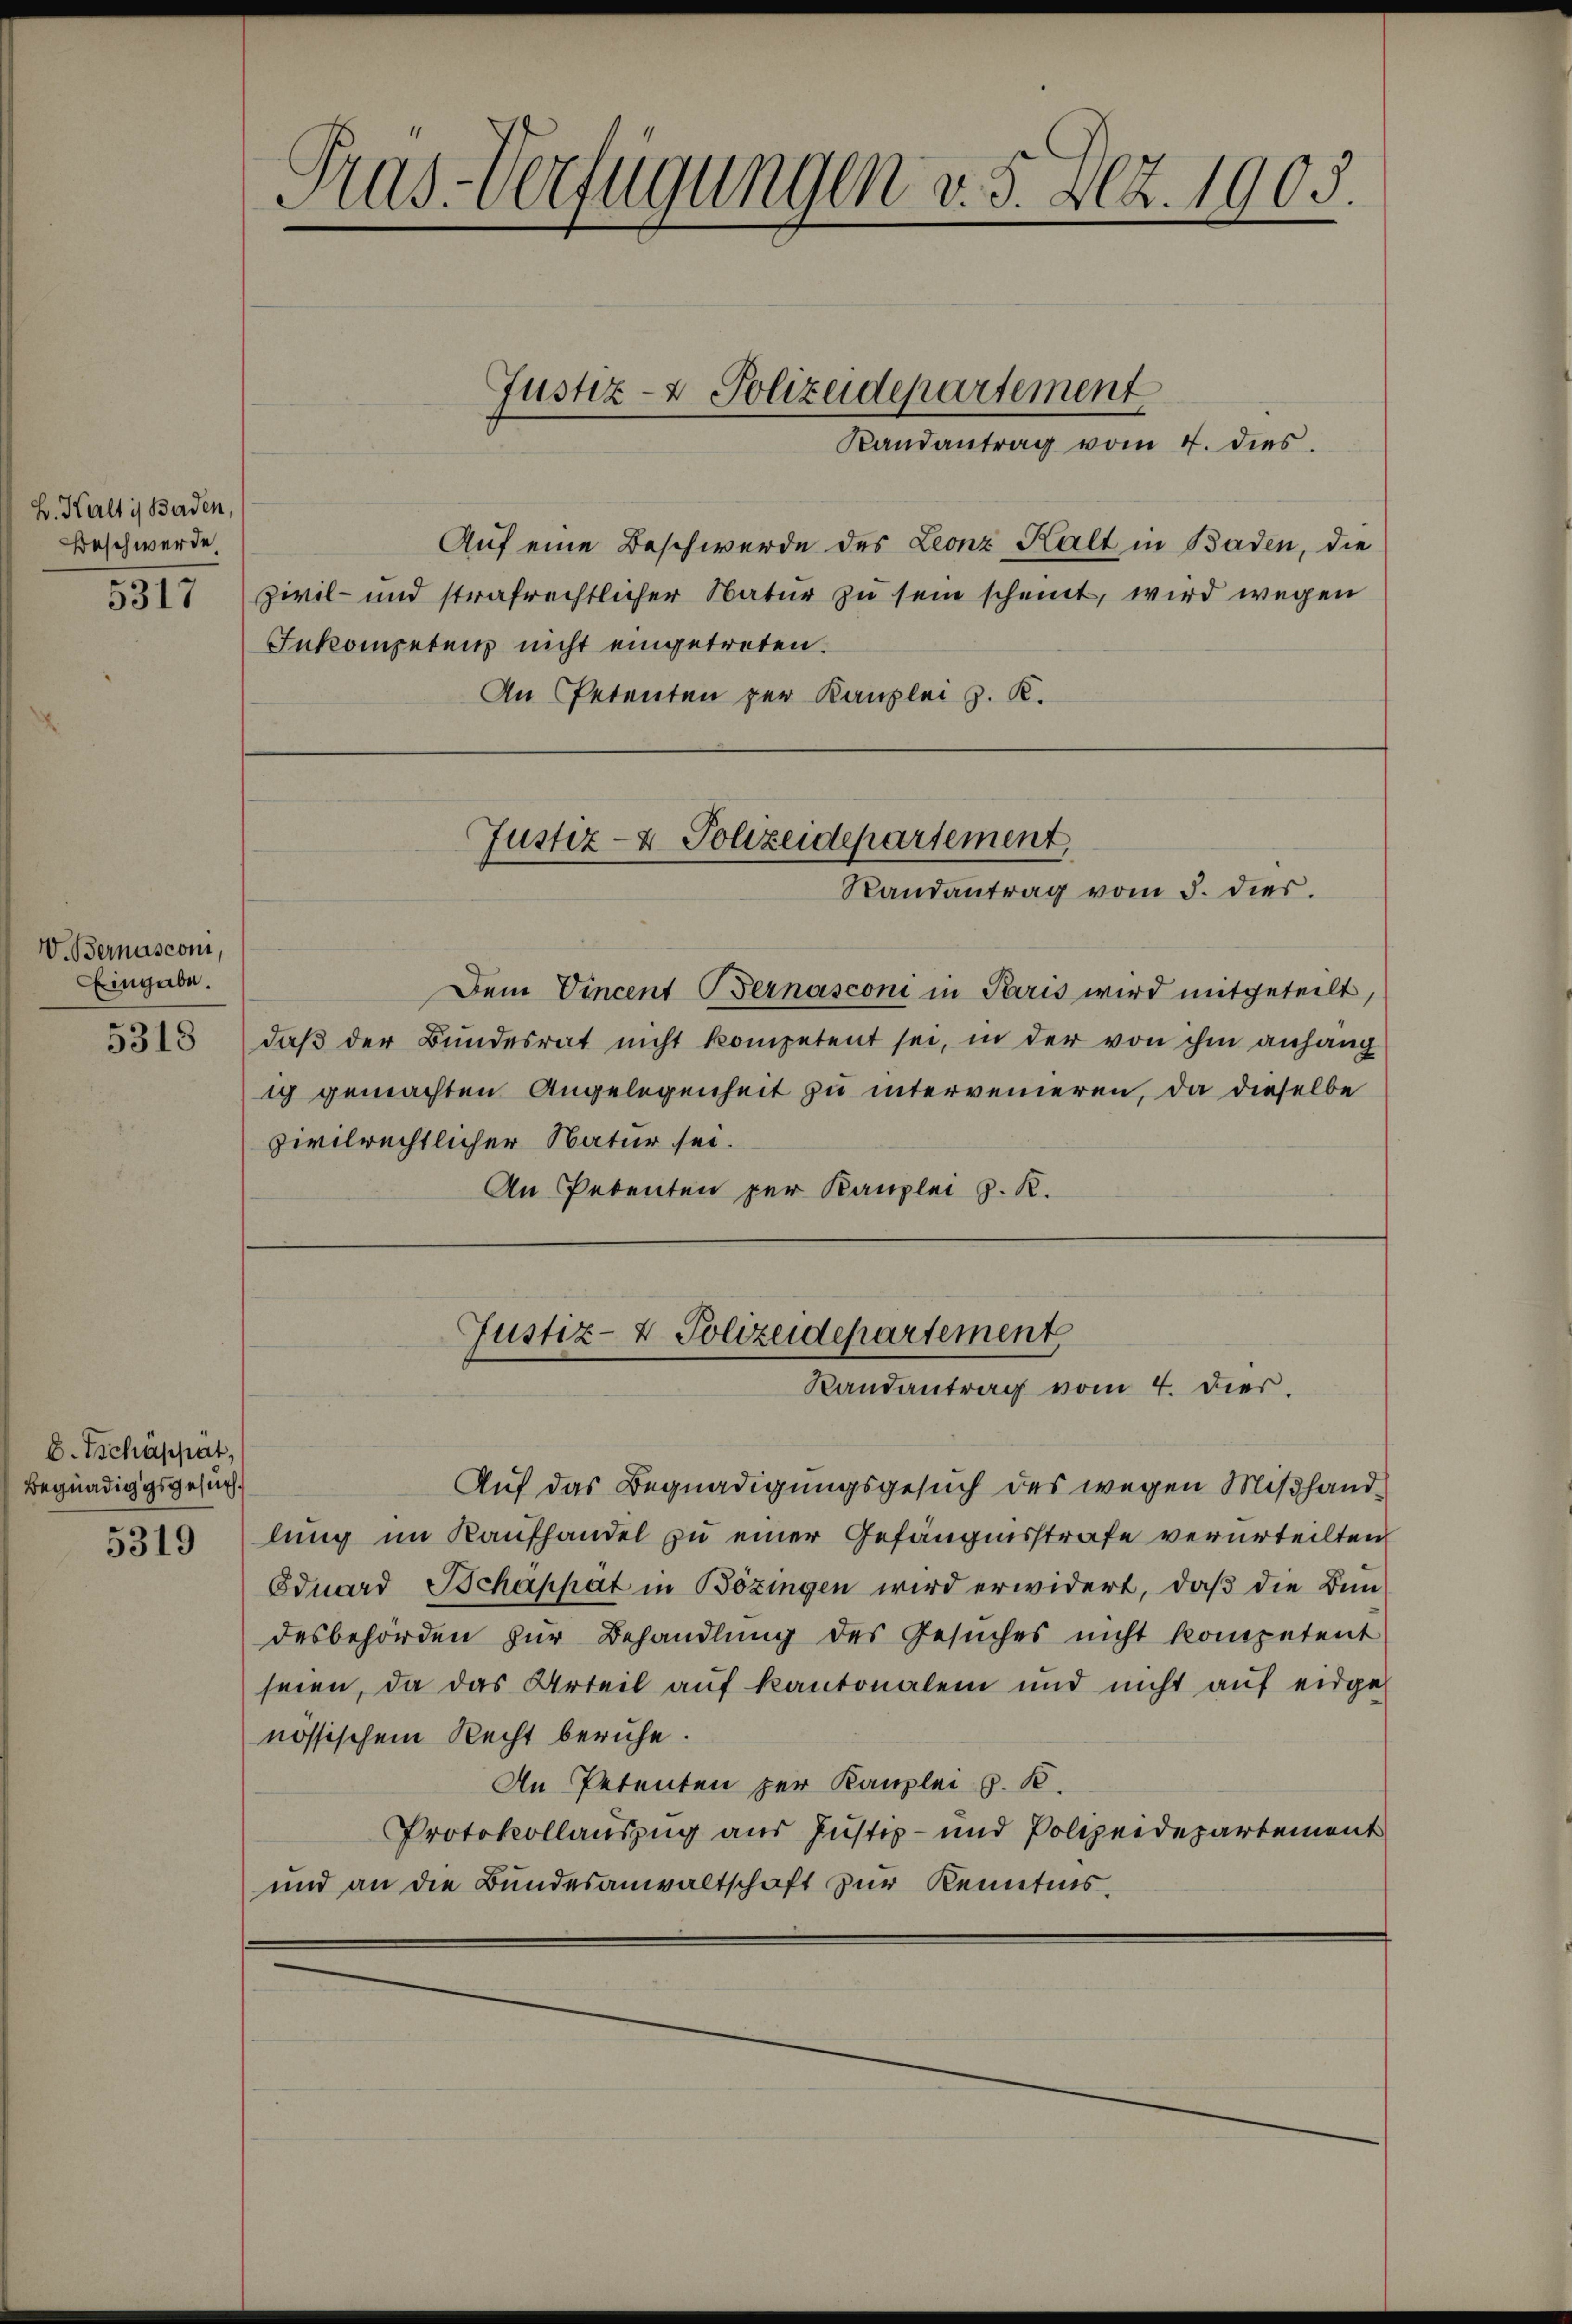
Z. Keltis Baden,
Beschwerde
5317

V. Bernasconi,
Eingabe.
5318

E. Tschäppit,
Begnadiggsgesuch.

Gras-Verfügungen v. 5. 202. 1905.

Randantrag vom 4. dies
Auf eine Beschwerde des Leonz Kalt in Baden, die
Zivil- und strafrechtlicher Natur zu sein scheint, wird wegen
Inkompetenz nicht eingetreten.
An Petenten zur Kanzlei z. K.

Justiz- & Polizeidepartement

Justiz- & Polizeidepartement
Randantrag vom 5. dies.

Dem Vincent Bernasconi in Paris wird mitgeteilt,
daβ der Bundesrat nicht kompetent sei, in der von ihm anhang
ig gemachten Angelegenheit zu intervenieren, da dieselbe
zivilrechtlicher Natur sei.
An Petenten per Kanzlei z. R.

Justiz- & Polizeidepartement
Randantrag vom 4. dies.

Auf das Begnadigungsgesuch des wegen Mißhand¬
5515 lung im Kaufhandel zu einer Gefängnisstrafe verurteilten
Eduard Tschappat in Bözingen wird erwidert, daβ die Bun-
desbehörden zur Behandlung des Gesuches nicht kompetent
seien, da das Urteil auf Kantonalem und nicht auf eidge-
nössischem Recht beruhe.
An Petenten zur Kanzlei z. B.
Protokollauszug aus Justiz- und Polizeidepartement
und an die Bundesanwaltschaft zur Kenntnis.